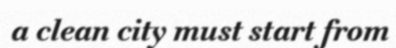
a clean city must start from